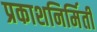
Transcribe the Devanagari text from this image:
प्रकाशनिर्मिती